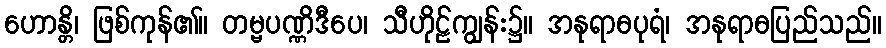
ဟောန္တိ၊ ဖြစ်ကုန်၏။ တမ္ဗပဏ္ဏိဒီပေ၊ သီဟိုဠ်ကျွန်း၌။ အနုရာဓပုရံ၊ အနုရာဓပြည်သည်။